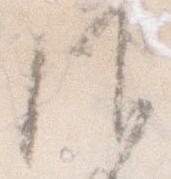
候